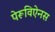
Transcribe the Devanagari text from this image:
पेरूविऐनस